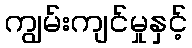
ကျွမ်းကျင်မှုနှင့်